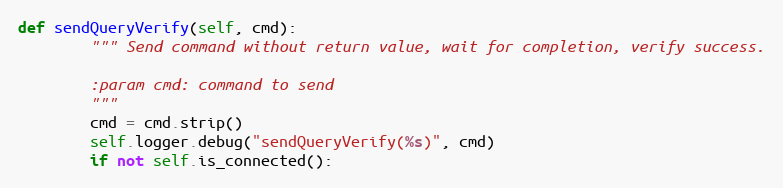
Language: Python
def sendQueryVerify(self, cmd):
        """ Send command without return value, wait for completion, verify success.

        :param cmd: command to send
        """
        cmd = cmd.strip()
        self.logger.debug("sendQueryVerify(%s)", cmd)
        if not self.is_connected():